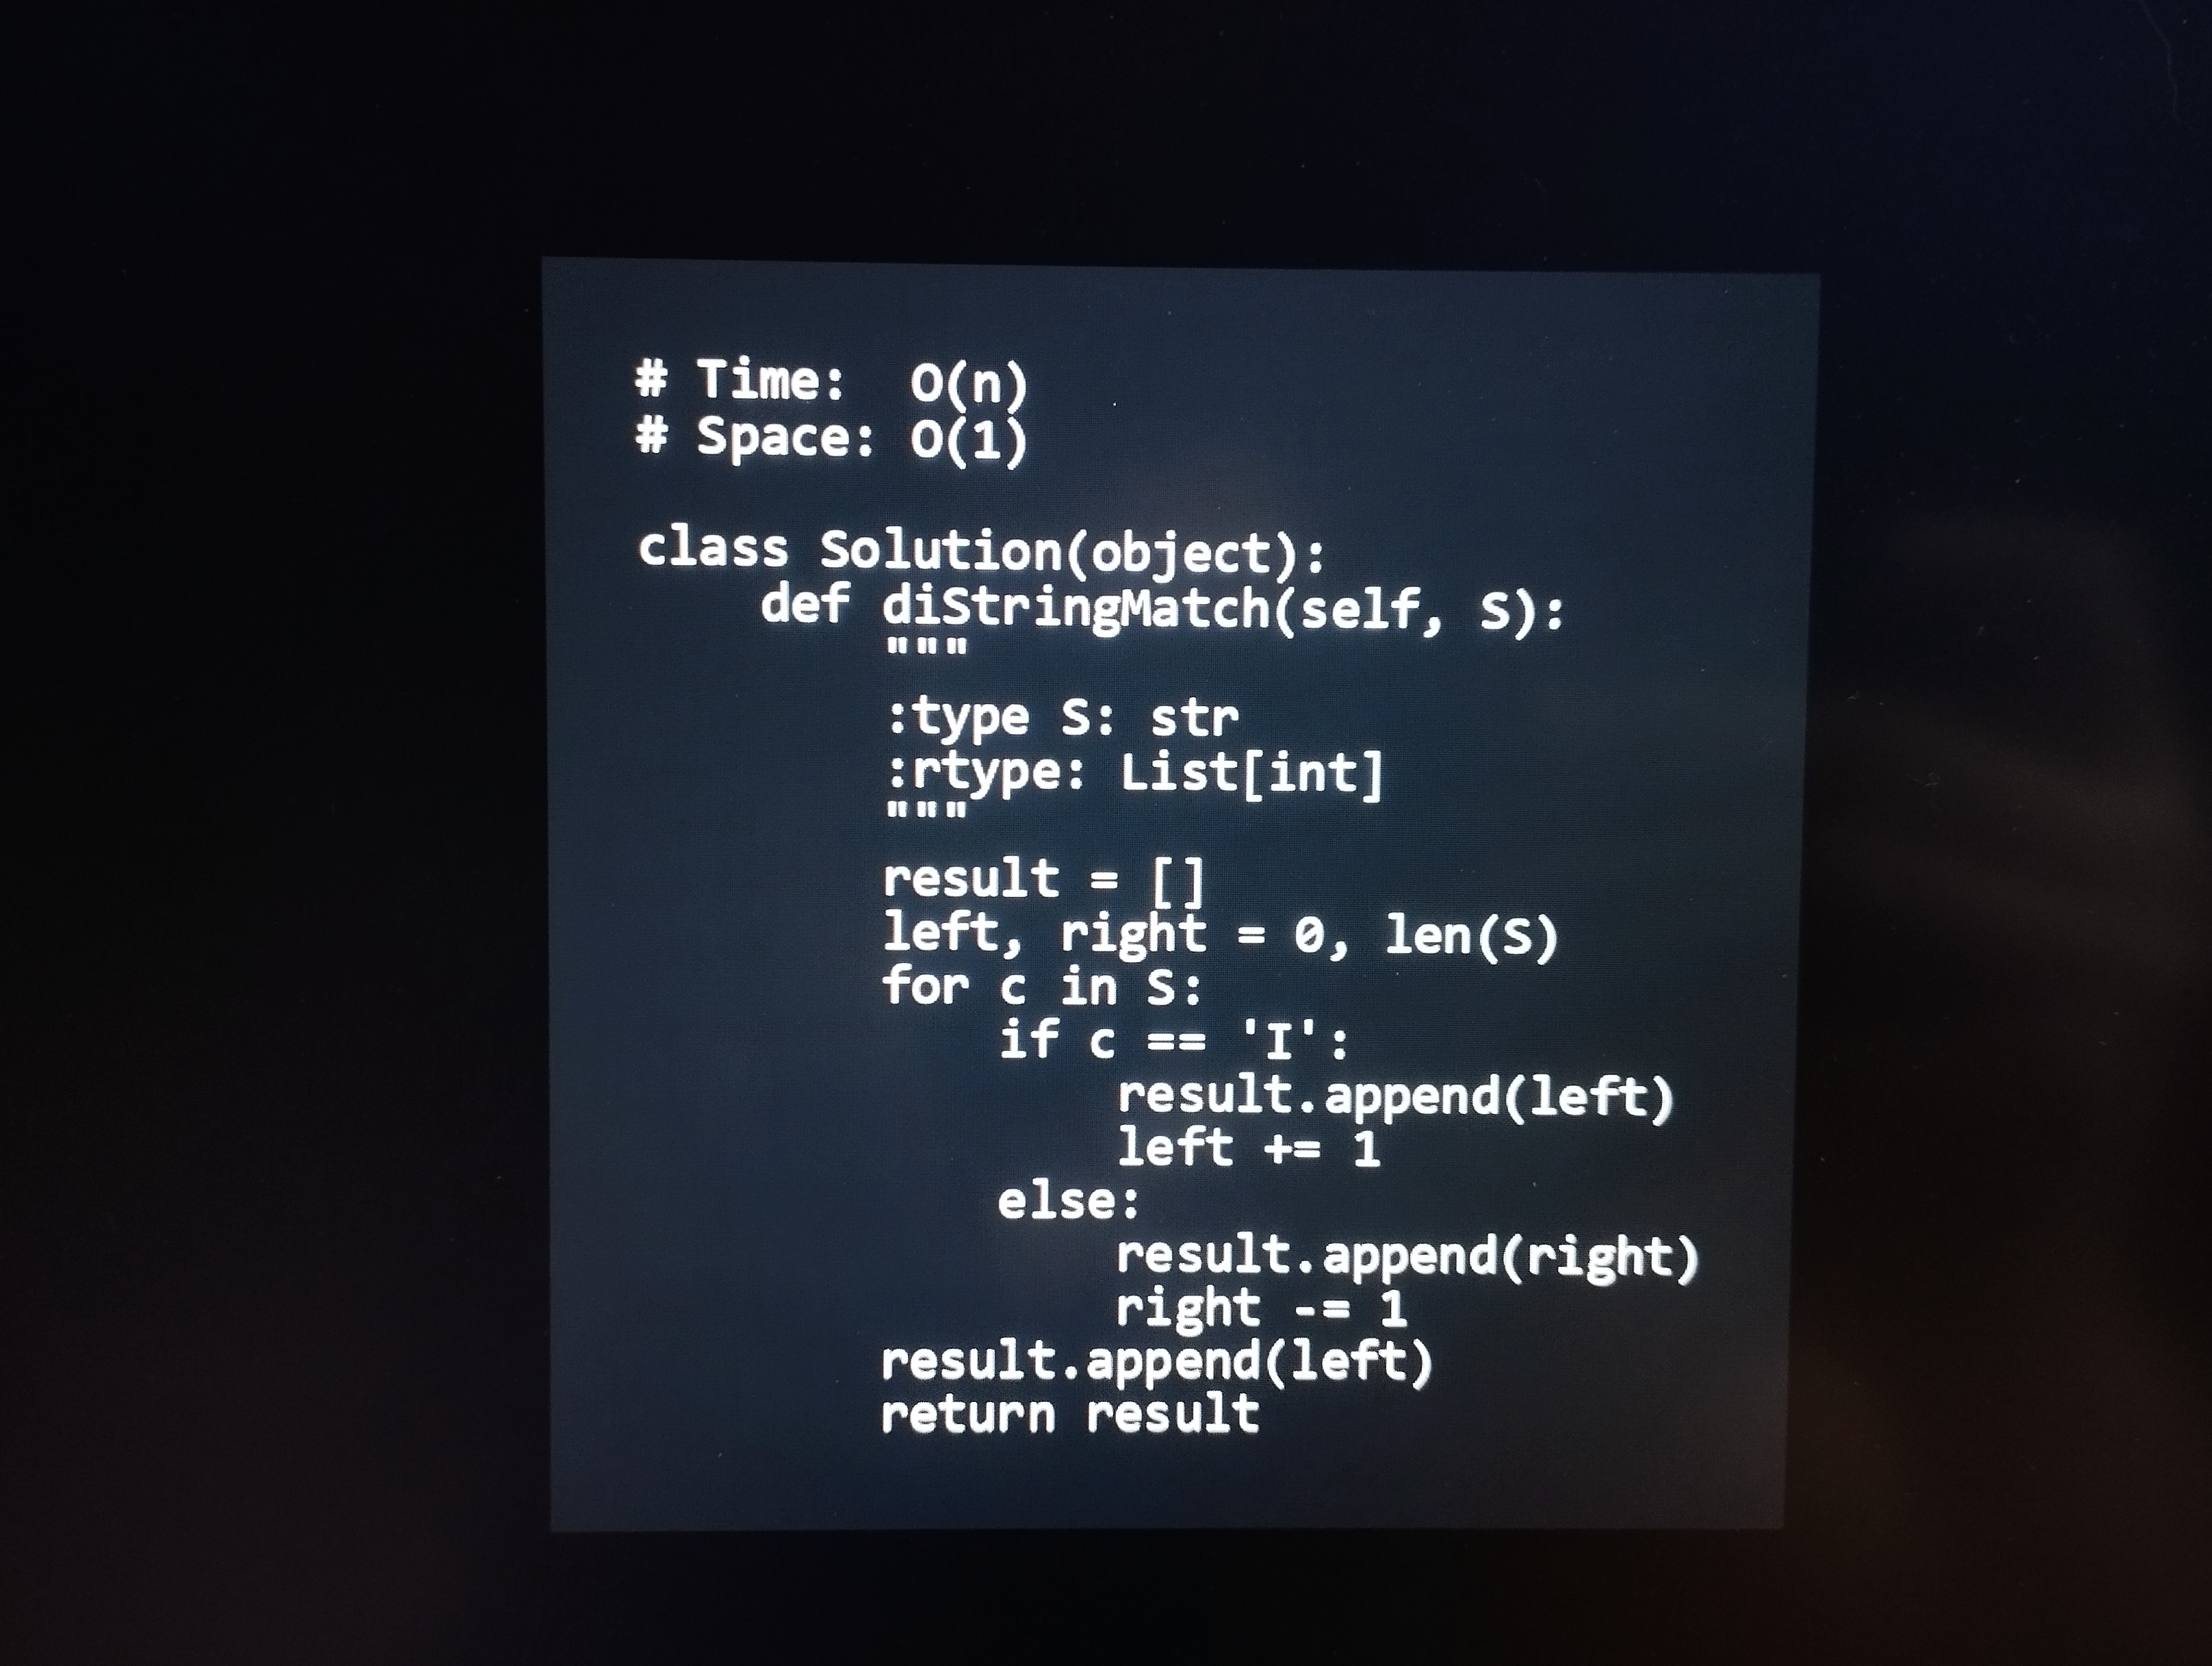
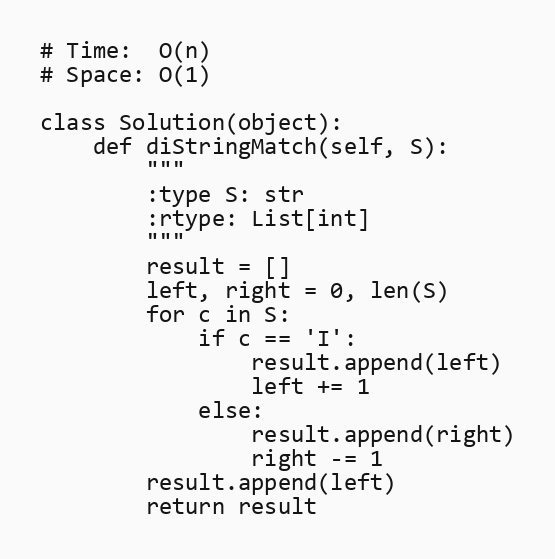
# Time:  O(n)
# Space: O(1)

class Solution(object):
    def diStringMatch(self, S):
        """
        :type S: str
        :rtype: List[int]
        """
        result = []
        left, right = 0, len(S)
        for c in S:
            if c == 'I':
                result.append(left)
                left += 1
            else:
                result.append(right)
                right -= 1
        result.append(left)
        return result